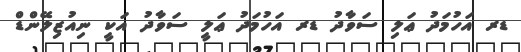
ޑރ އަހުމަދު ޢަލި ސަވާދު ޑރ އަހުމަދު ޢަލީ ސަވާދު އަކީ ނިއުޒިލޭންޑް